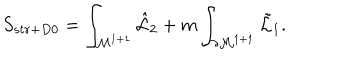
LaTeX: S _ { s t r + D 0 } = \int _ { { \cal M } ^ { 1 + 1 } } { \hat { \cal L } } _ { 2 } + m \int _ { \partial { \cal M } ^ { 1 + 1 } } { \tilde { \cal L } } _ { 1 } .